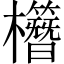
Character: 𣠱